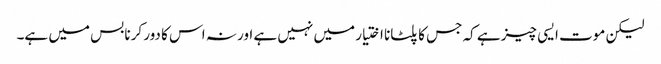
لیکن موت ایسی چیز ہے کہ جس کا پلٹانا اختیار میں نہیں ہے اور نہ اس کا دور کرنا بس میں ہے۔